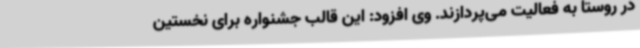
در روستا به فعالیت می‌پردازند. وی افزود: این قالب جشنواره برای نخستین